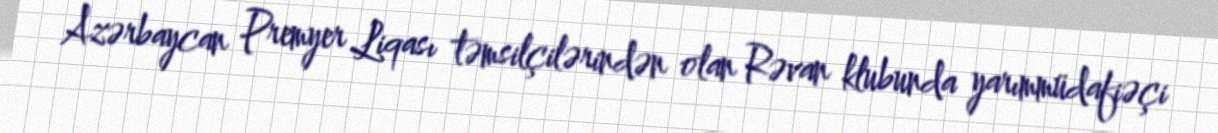
Azərbaycan Premyer Liqası təmsilçilərindən olan Rəvan klubunda yarımmüdafiəçi